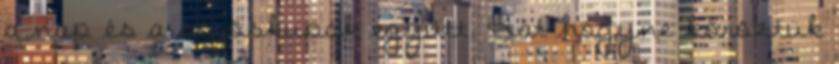
a nap és a söröskupak együtt. Hát hogyne köröztük